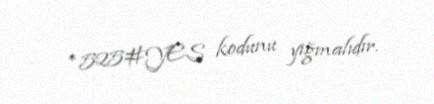
*525#YES kodunu yığmalıdır.